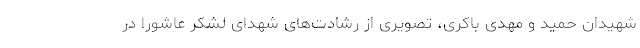
شهیدان حمید و مهدی باکری، تصویری از رشادت‌های شهدای لشکر عاشورا در